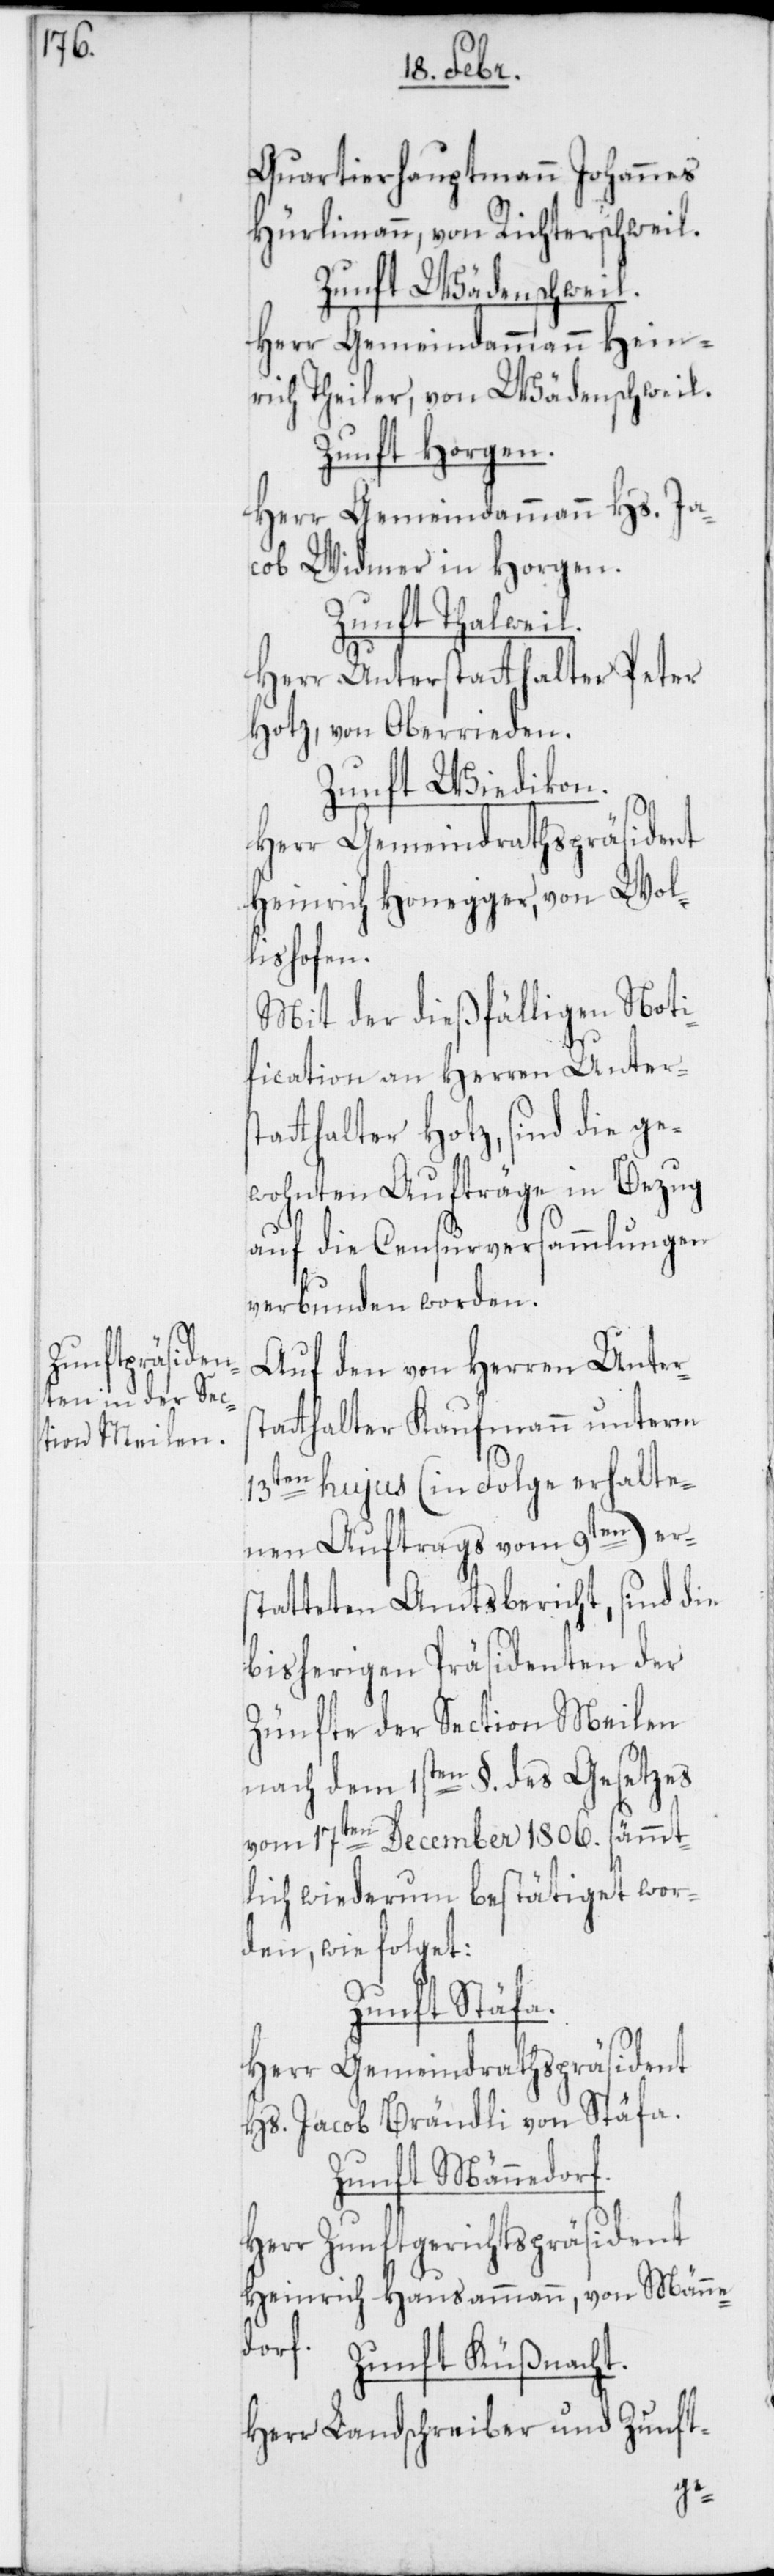
Quartierhauptmann Johannes
Hürlimann von Richterschweil.
Zunft Wädenschweil.
Herr Gemeindammann Hein¬
rich Theiler von Wädenschweil.
Zunft Horgen.
Herr Gemeindammann Hs. Ja¬
cob Widmer in Horgen.
Zunft Thalweil.
Herr Unterstatthalter Peter
Hotz von Oberrieden.
Zunft Wiedikon.
Herr Gemeindrathspräsident
Heinrich Honegger, von Wol¬
lishofen.
Mit der dießfälligen Noti¬
fication an Herren Unters¬
tatthalter Hotz, sind die ge¬
wohnten Aufträge in Bezug
auf die Censurversammlungen
verbunden worden.
Auf den von Herren Unters¬
tatthalter Kaufmann unterm
13ten hujus (in Folge erhalte¬
nen Auftrags vom 9ten) er¬
statteten Amtsbericht, sind die
bisherigen Präsidenten der
Zünfte der Section Meilen
nach dem 1sten §. des Gesetzes
vom 17ten December 1806. sämmt¬
lich wiederum bestätiget wor¬
den, wie folget:
Zunft Stäfa.
Herr Gemeindrathspräsident
Hs. Jacob Brändli von Stäfa.
Zunft Männedorf.
Herr Zunftgerichtspräsident
Heinrich Hausammann von Männe¬
dorf.
Zunft Küßnacht.
Herr Landschreiber und Zunft-